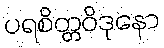
ပရစိတ္တဝိဒုနော